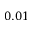
0 . 0 1